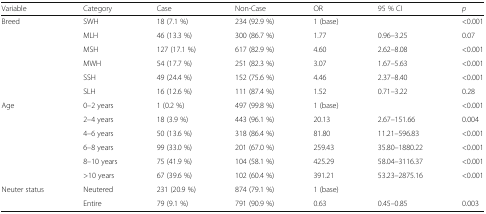
<table><thead><tr><td><b>Variable</b></td><td><b>Category</b></td><td><b>Case</b></td><td><b>Non-Case</b></td><td><b>OR</b></td><td><b>95 % CI</b></td><td><b><i>p</i></b></td></tr></thead><tbody><tr><td rowspan="6">Breed</td><td>SWH</td><td>18 (7.1 %)</td><td>234 (92.9 %)</td><td>1 (base)</td><td></td><td>&lt;0.001</td></tr><tr><td>MLH</td><td>46 (13.3 %)</td><td>300 (86.7 %)</td><td>1.77</td><td>0.96–3.25</td><td>0.07</td></tr><tr><td>MSH</td><td>127 (17.1 %)</td><td>617 (82.9 %)</td><td>4.60</td><td>2.62–8.08</td><td>&lt;0.001</td></tr><tr><td>MWH</td><td>54 (17.7 %)</td><td>251 (82.3 %)</td><td>3.07</td><td>1.67–5.63</td><td>&lt;0.001</td></tr><tr><td>SSH</td><td>49 (24.4 %)</td><td>152 (75.6 %)</td><td>4.46</td><td>2.37–8.40</td><td>&lt;0.001</td></tr><tr><td>SLH</td><td>16 (12.6 %)</td><td>111 (87.4 %)</td><td>1.52</td><td>0.71–3.22</td><td>0.28</td></tr><tr><td rowspan="6">Age</td><td>0–2 years</td><td>1 (0.2 %)</td><td>497 (99.8 %)</td><td>1 (base)</td><td></td><td>&lt;0.001</td></tr><tr><td>2–4 years</td><td>18 (3.9 %)</td><td>443 (96.1 %)</td><td>20.13</td><td>2.67–151.66</td><td>0.004</td></tr><tr><td>4–6 years</td><td>50 (13.6 %)</td><td>318 (86.4 %)</td><td>81.80</td><td>11.21–596.83</td><td>&lt;0.001</td></tr><tr><td>6–8 years</td><td>99 (33.0 %)</td><td>201 (67.0 %)</td><td>259.43</td><td>35.80–1880.22</td><td>&lt;0.001</td></tr><tr><td>8–10 years</td><td>75 (41.9 %)</td><td>104 (58.1 %)</td><td>425.29</td><td>58.04–3116.37</td><td>&lt;0.001</td></tr><tr><td>&gt;10 years</td><td>67 (39.6 %)</td><td>102 (60.4 %)</td><td>391.21</td><td>53.23–2875.16</td><td>&lt;0.001</td></tr><tr><td rowspan="2">Neuter status</td><td>Neutered</td><td>231 (20.9 %)</td><td>874 (79.1 %)</td><td>1 (base)</td><td></td><td></td></tr><tr><td>Entire</td><td>79 (9.1 %)</td><td>791 (90.9 %)</td><td>0.63</td><td>0.45–0.85</td><td>0.003</td></tr></tbody></table>